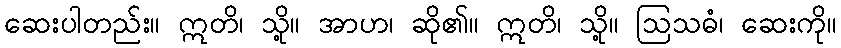
ဆေးပါတည်း။ ဣတိ၊ သို့။ အာဟ၊ ဆို၏။ ဣတိ၊ သို့။ ဩသဓံ၊ ဆေးကို။